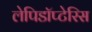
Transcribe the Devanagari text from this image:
लेपिडॉप्टेरिस